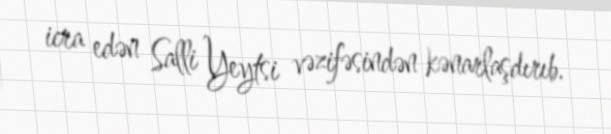
icra edən Salli Yeytsi vəzifəsindən kənarlaşdırıb.